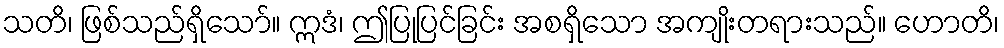
သတိ၊ ဖြစ်သည်ရှိသော်။ ဣဒံ၊ ဤပြုပြင်ခြင်း အစရှိသော အကျိုးတရားသည်။ ဟောတိ၊